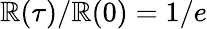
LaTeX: \mathbb{R}(\tau)/\mathbb{R}(0)=1/e